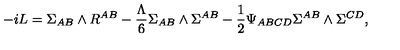
- i L = \Sigma _ { A B } \wedge R ^ { A B } - \frac { \Lambda } { 6 } \Sigma _ { A B } \wedge \Sigma ^ { A B } - \frac { 1 } { 2 } \Psi _ { A B C D } \Sigma ^ { A B } \wedge \Sigma ^ { C D } ,